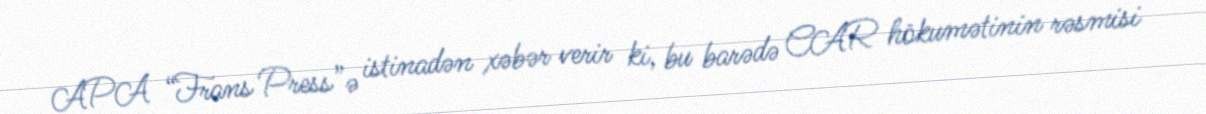
APA “Frans Press”ə istinadən xəbər verir ki, bu barədə CAR hökumətinin rəsmisi